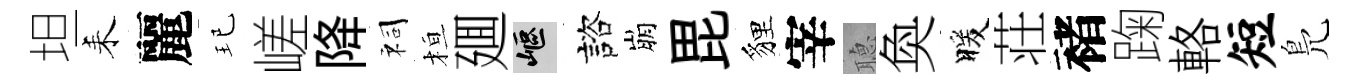
坦耒麗玘嵯降祠桓廽嶇諮崩毘貍宰𦗟奐暖荘褚踘輅短鳬